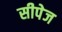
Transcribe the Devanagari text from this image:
सीपेज